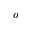
o